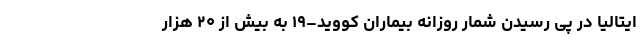
ایتالیا در پی رسیدن شمار روزانه بیماران کووید–۱۹ به بیش از ۲۰ هزار